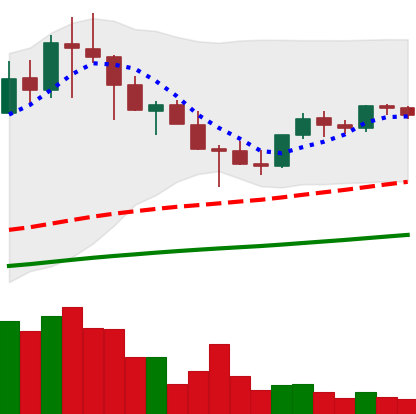
Ticker: TRX-USD
Chart end date: 2021-05-02
Forward return: 15.689%
Label: up_7plus